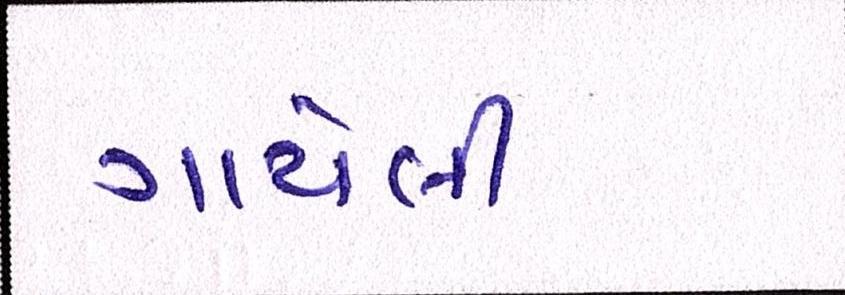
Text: ગાયેલી